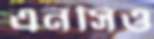
এনসিও